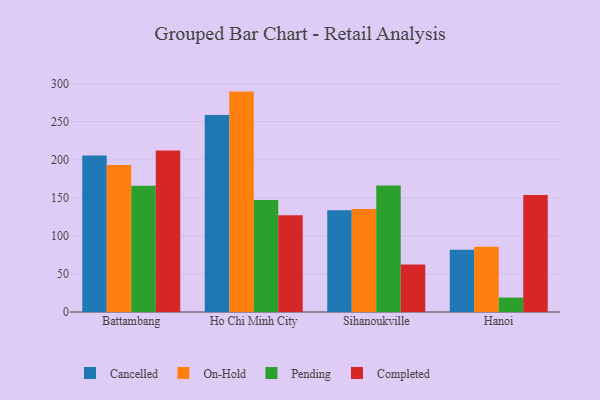
{"axis": {"x": "City", "y": "Energy Usage (MWh)"}, "legend": ["Cancelled", "Completed", "On-Hold", "Pending"], "data": [{"x": "Battambang", "y": 205.5, "type": "Cancelled"}, {"x": "Battambang", "y": 193.1, "type": "On-Hold"}, {"x": "Battambang", "y": 165.9, "type": "Pending"}, {"x": "Battambang", "y": 212.0, "type": "Completed"}, {"x": "Ho Chi Minh City", "y": 258.9, "type": "Cancelled"}, {"x": "Ho Chi Minh City", "y": 289.5, "type": "On-Hold"}, {"x": "Ho Chi Minh City", "y": 147.1, "type": "Pending"}, {"x": "Ho Chi Minh City", "y": 127.0, "type": "Completed"}, {"x": "Sihanoukville", "y": 133.8, "type": "Cancelled"}, {"x": "Sihanoukville", "y": 135.4, "type": "On-Hold"}, {"x": "Sihanoukville", "y": 166.3, "type": "Pending"}, {"x": "Sihanoukville", "y": 62.5, "type": "Completed"}, {"x": "Hanoi", "y": 81.9, "type": "Cancelled"}, {"x": "Hanoi", "y": 85.8, "type": "On-Hold"}, {"x": "Hanoi", "y": 19.0, "type": "Pending"}, {"x": "Hanoi", "y": 153.7, "type": "Completed"}]}